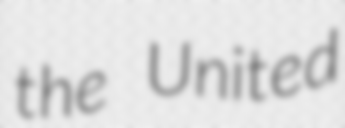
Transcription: the United